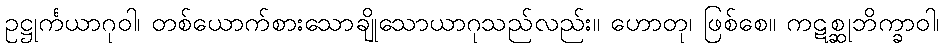
ဥဋ္ဌုင်္ကယာဂုဝါ၊ တစ်ယောက်စားသောချိုသောယာဂုသည်လည်း။ ဟောတု၊ ဖြစ်စေ။ ကဋစ္ဆုဘိက္ခာဝါ၊